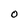
Character: O